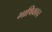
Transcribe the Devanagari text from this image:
भाषिकाच